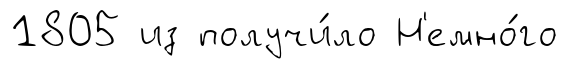
1805 из получи́ло Н'емно́го